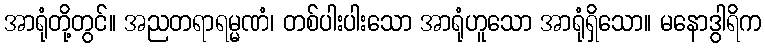
အာရုံတို့တွင်။ အညတရာရမ္မဏံ၊ တစ်ပါးပါးသော အာရုံဟူသော အာရုံရှိသော။ မနောဒွါရိက